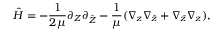
\hat { H } = - { \frac { 1 } { 2 \mu } } \partial _ { Z } \partial _ { \bar { Z } } - \frac { 1 } { \mu } ( \nabla _ { z } \nabla _ { \bar { z } } + \nabla _ { \bar { z } } \nabla _ { z } ) ,